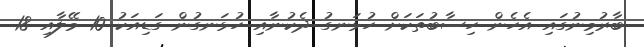
ބާރުމިނުގައި އެހެން ހިސާބުތަކަށް ހުޅަނގު ދެކުނާއި ހުޅަނގުން ގަޑިއަކު 10 މޭލާއި 18